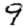
Digit: 9